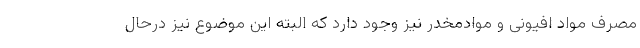
مصرف مواد افیونی و موادمخدر نیز وجود دارد که البته این موضوع نیز درحال